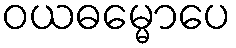
ဝယဓမ္မောပေ